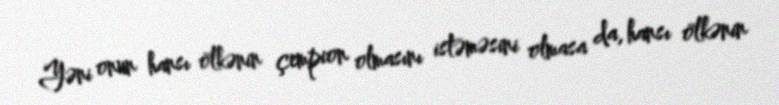
Yəni onun hansı ölkənin çempion olmasını istəməsini olmasa da, hansı ölkənin